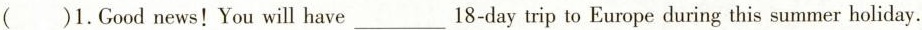
( )1.Goodnews!You will have_18-day trip to Europe during this summer holiday.